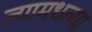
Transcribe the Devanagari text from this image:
ज्यामधल्या